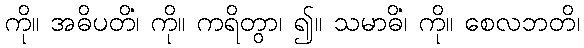
ကို။ အဓိပတိံ၊ ကို။ ကရိတွာ၊ ၍။ သမာဓိံ၊ ကို။ စေလဘတိ၊